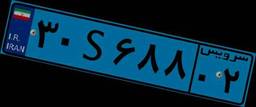
۳۰S۶۸۸۰۲